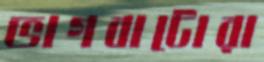
ভাগবাটোরা